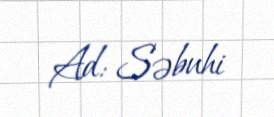
Ad: Səbuhi